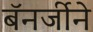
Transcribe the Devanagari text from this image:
बॅनर्जीने